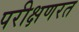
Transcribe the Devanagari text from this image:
परीक्षणरत